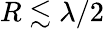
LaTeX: R\lesssim\lambda/2